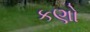
કણો